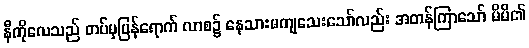
နီကိုလေသည် တပ်မှပြန်ရောက် လာစ၌ နေသားမကျသေးသော်လည်း အတန်ကြာသော် မိမိ၏